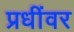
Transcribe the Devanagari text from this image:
प्रधींवर